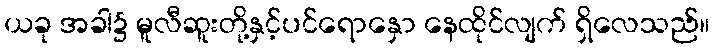
ယခု အခါ၌ မူလီဆူးတို့နှင့်ပင်ရောနှော နေထိုင်လျက် ရှိလေသည်။